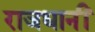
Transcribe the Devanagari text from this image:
राजधानीं